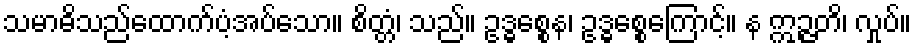
သမာဓိသည်ထောက်ပံ့အပ်သော။ စိတ္တံ၊ သည်။ ဥဒ္ဓစ္စေန၊ ဥဒ္ဓစ္စေကြောင့်။ န ဣဉ္ဇတိ၊ လှုပ်။